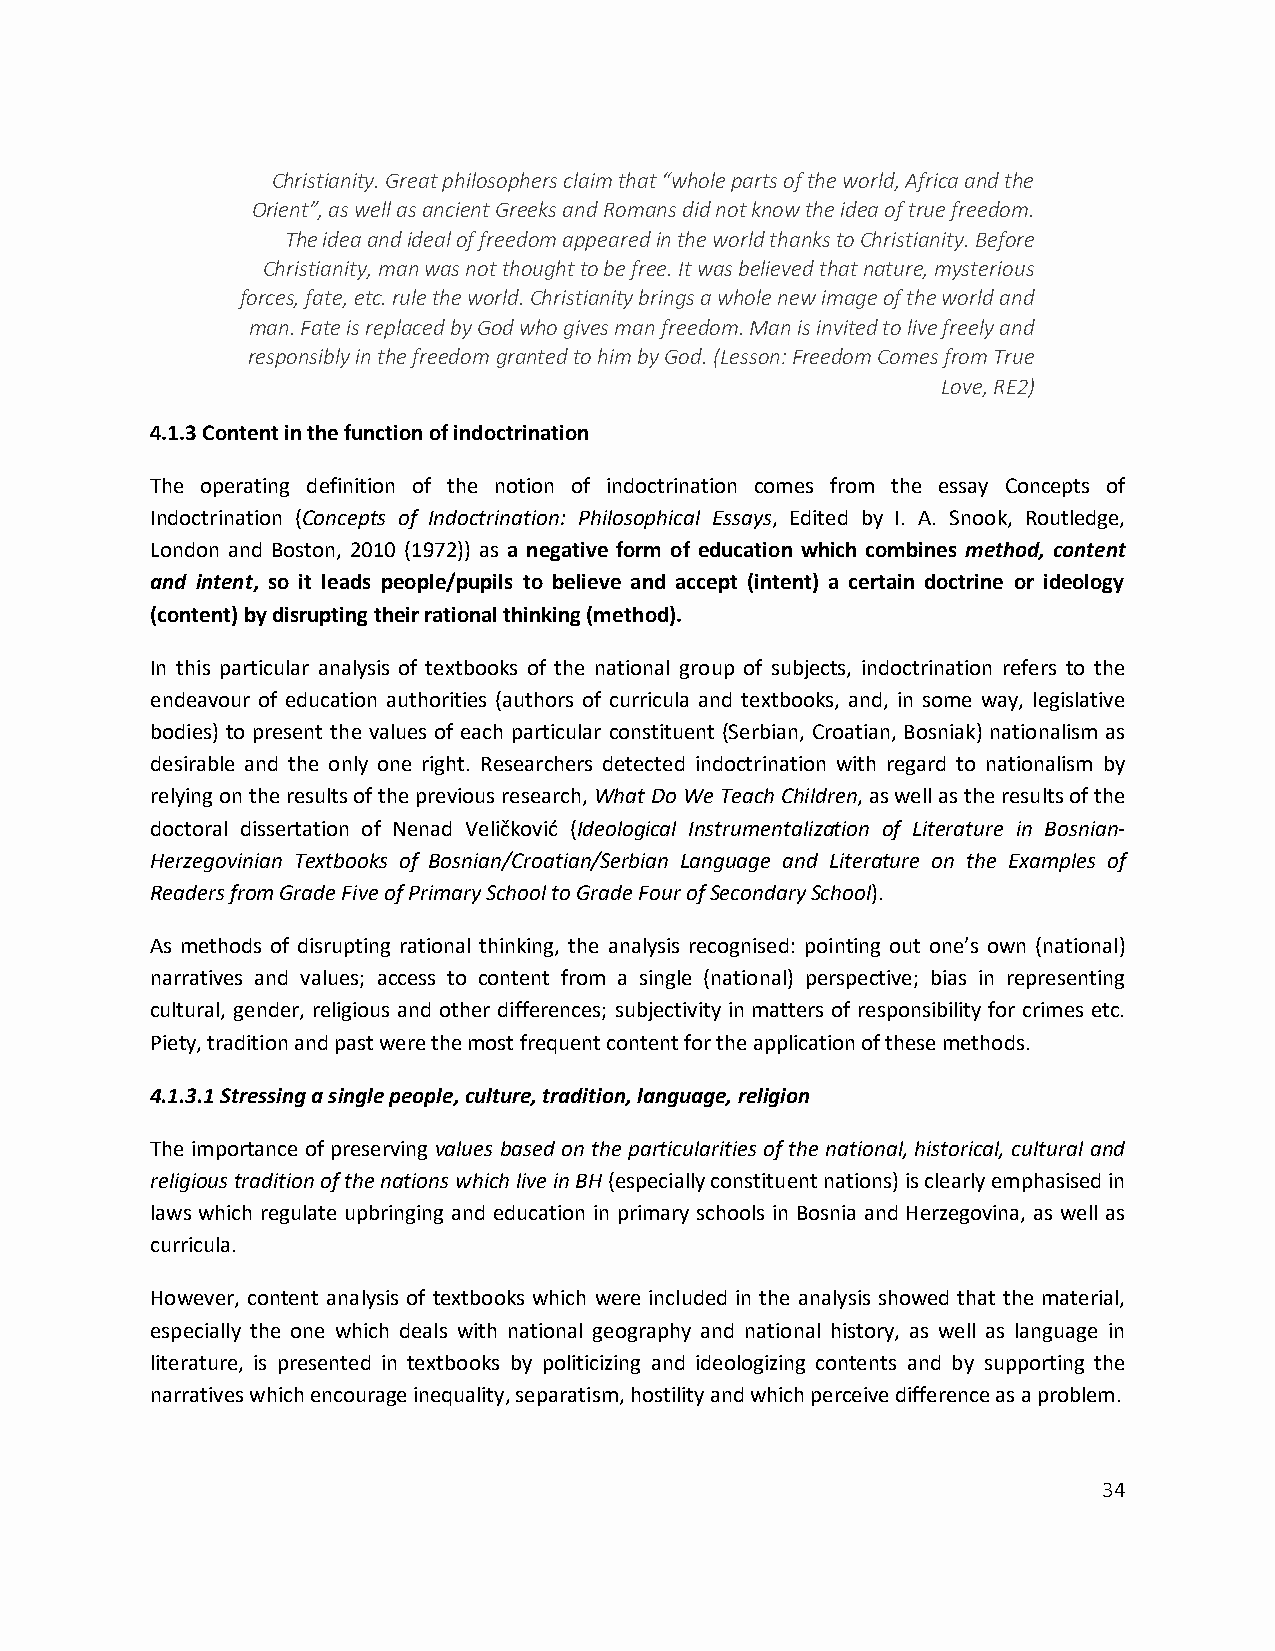
Christianity. Great philosophers claim that “whole parts of the world, Africa and the
 Orient”, as well as ancient Greeks and Romans did not know the idea of true freedom.
 The idea and ideal of freedom appeared in the world thanks to Christianity. Before
 Christianity, man was not thought to be free. It was believed that nature, mysterious
 forces, fate, etc. rule the world. Christianity brings a whole new image of the world and
 man. Fate is replaced by God who gives man freedom. Man is invited to live freely and
 responsibly in the freedom granted to him by God. (Lesson: Freedom Comes from True
 Love, RE2)
 4.1.3 Content in the function of indoctrination
 The operating definition of the notion of indoctrination comes from the essay Concepts of
 Indoctrination (Concepts of Indoctrination: Philosophical Essays, Edited by I. A. Snook, Routledge,
 London and Boston, 2010 (1972)) as a negative form of education which combines method, content
 and intent, so it leads people/pupils to believe and accept (intent) a certain doctrine or ideology
 (content) by disrupting their rational thinking (method).
 In this particular analysis of textbooks of the national group of subjects, indoctrination refers to the
 endeavour of education authorities (authors of curricula and textbooks, and, in some way, legislative
 bodies) to present the values of each particular constituent (Serbian, Croatian, Bosniak) nationalism as
 desirable and the only one right. Researchers detected indoctrination with regard to nationalism by
 relying on the results of the previous research, What Do We Teach Children, as well as the results of the
 doctoral dissertation of Nenad Veličković (Ideological Instrumentalization of Literature in Bosnian-
 Herzegovinian Textbooks of Bosnian/Croatian/Serbian Language and Literature on the Examples of
 Readers from Grade Five of Primary School to Grade Four of Secondary School).
 As methods of disrupting rational thinking, the analysis recognised: pointing out one’s own (national)
 narratives and values; access to content from a single (national) perspective; bias in representing
 cultural, gender, religious and other differences; subjectivity in matters of responsibility for crimes etc.
 Piety, tradition and past were the most frequent content for the application of these methods.
 4.1.3.1 Stressing a single people, culture, tradition, language, religion
 The importance of preserving values based on the particularities of the national, historical, cultural and
 religious tradition of the nations which live in BH (especially constituent nations) is clearly emphasised in
 laws which regulate upbringing and education in primary schools in Bosnia and Herzegovina, as well as
 curricula.
 However, content analysis of textbooks which were included in the analysis showed that the material,
 especially the one which deals with national geography and national history, as well as language in
 literature, is presented in textbooks by politicizing and ideologizing contents and by supporting the
 narratives which encourage inequality, separatism, hostility and which perceive difference as a problem.
 34